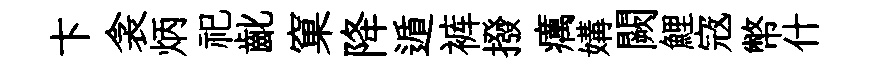
卞衾炳祀齔窠降遁裤撥癘媾闕鯉𡨥幣什